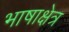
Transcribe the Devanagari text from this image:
भाषाक्षेत्र